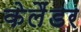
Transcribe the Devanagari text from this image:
केलैंडर